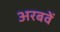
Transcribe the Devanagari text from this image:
अरबवें